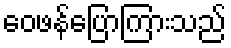
ဝေဖန်ပြောကြားသည်